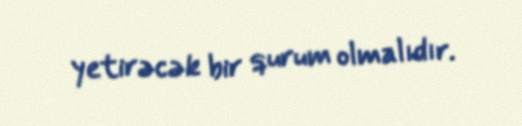
yetirəcək bir qurum olmalıdır.